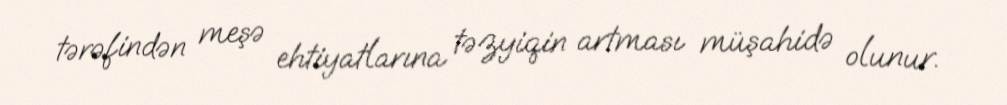
tərəfindən meşə ehtiyatlarına təzyiqin artması müşahidə olunur.